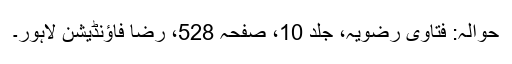
حوالہ: فتاوى رضویہ، جلد 10، صفحہ 528، رضا فاؤنڈیشن لاہور۔